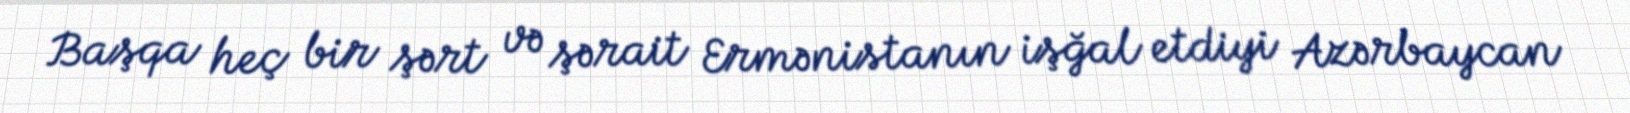
Başqa heç bir şərt və şərait Ermənistanın işğal etdiyi Azərbaycan